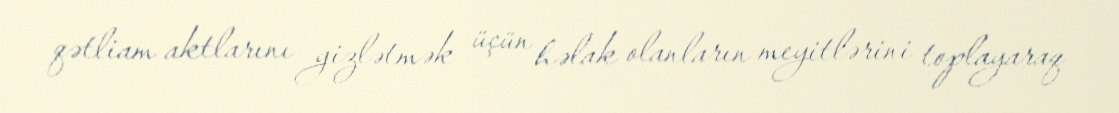
qətliam aktlarını gizlətmək üçün həlak olanların meyitlərini toplayaraq